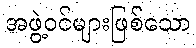
အဖွဲ့ဝင်များဖြစ်သော